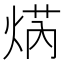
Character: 焫